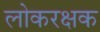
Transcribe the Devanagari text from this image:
लोकरक्षक